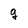
Character: g